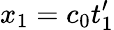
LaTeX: x_{1}=c_{0}t_{1}^{\prime}